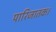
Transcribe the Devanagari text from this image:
पारिजातक।